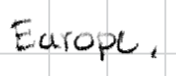
Text: Europe,
Cross-out: clean
Writing tool: digital_black